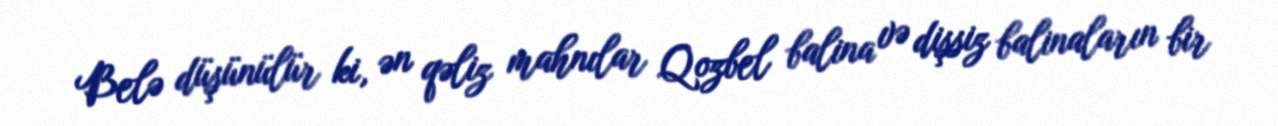
Belə düşünülür ki, ən qəliz mahnılar Qozbel balina və dişsiz balinaların bir